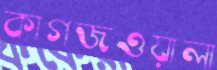
কাগজওয়ালা